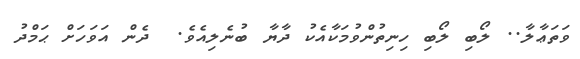
ވަތަޢާލާ.. ލޯބި ލޯބި ހިނިތުންވުމަކާއެކު ދާޔާ ބުނެލިއެވެ.  ދެން އަވަހަށް ޙަމްދު